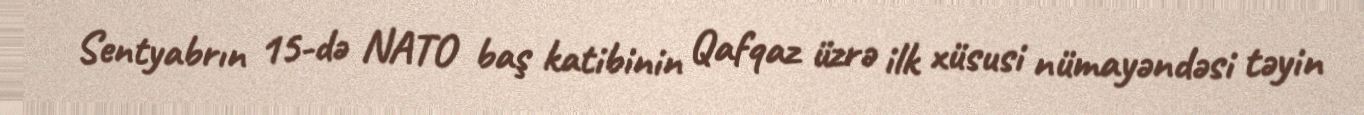
Sentyabrın 15-də NATO baş katibinin Qafqaz üzrə ilk xüsusi nümayəndəsi təyin